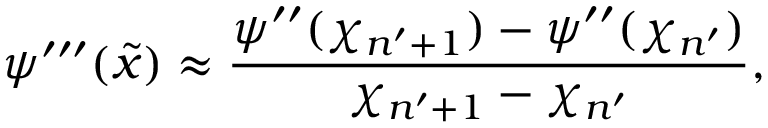
\psi ^ { \prime \prime \prime } ( \tilde { x } ) \approx \frac { \psi ^ { \prime \prime } ( \chi _ { n ^ { \prime } + 1 } ) - \psi ^ { \prime \prime } ( \chi _ { n ^ { \prime } } ) } { \chi _ { n ^ { \prime } + 1 } - \chi _ { n ^ { \prime } } } ,